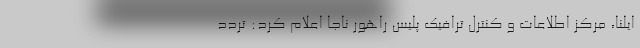
ایلنا، مرکز اطلاعات و کنترل ترافیک پلیس راهور ناجا اعلام کرد: تردد